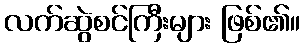
လက်ဆွဲစင်ကြီးများ ဖြစ်၏။